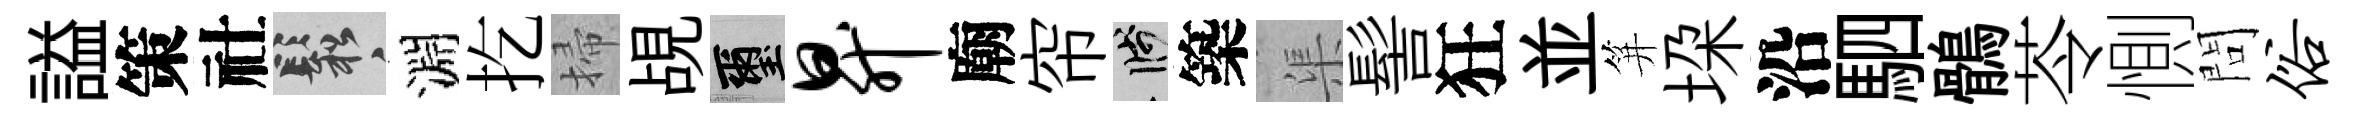
謚策社鬆淵扢掃覘璽升廟帘箋築渠髻狂並笄垜沿駟鶻苓惻問俗